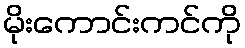
မိုးကောင်းကင်ကို